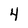
Character: 4